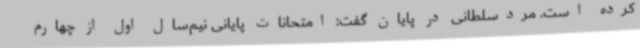
کرده است. مردسلطانی در پایان گفت: امتحانات پایانی نیم‌سال اول از چهارم